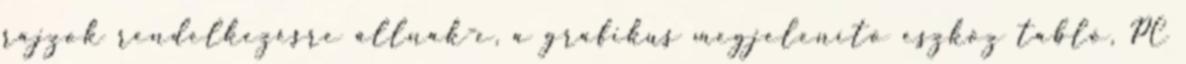
rajzok rendelkezésre állnak-e, a grafikus megjelenítõ eszköz tabló, PC